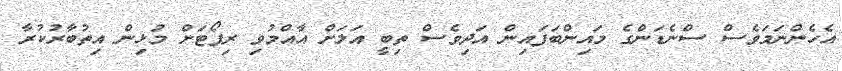
އެހެންނަމަވެސް ސްނެޑަންގެ މައިންބަފައިން އަދިވެސް ތިބީ އަލަށް އާއްމުވި ރިޕޯޓަށް މުޅިން އިތުބާރުކުރާ